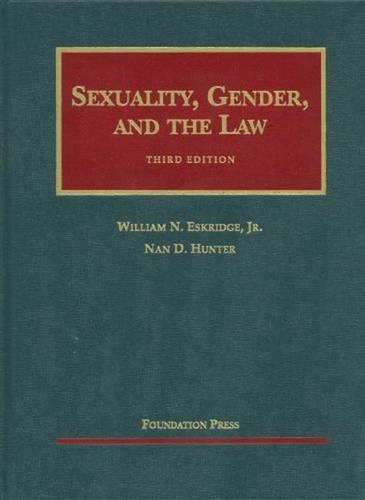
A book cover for Sexuality, Gender and the Law (University Casebook Series); William Eskridge Jr; Law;